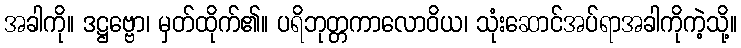
အခါကို။ ဒဋ္ဌဗ္ဗော၊ မှတ်ထိုက်၏။ ပရိဘုတ္တကာလောဝိယ၊ သုံးဆောင်အပ်ရာအခါကိုကဲ့သို့။